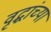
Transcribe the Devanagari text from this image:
वृद्धांच्या